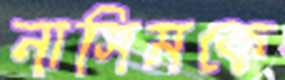
নাসিমকে